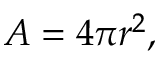
A = 4 \pi r ^ { 2 } ,